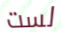
لست